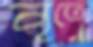
নৃত্যে